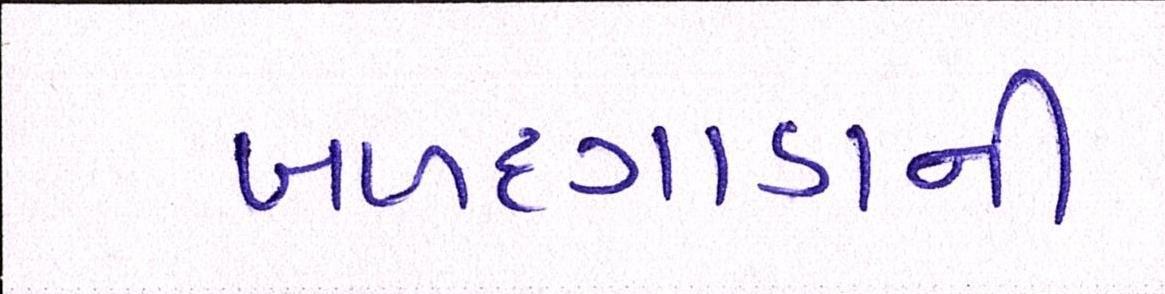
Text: બળદગાડાની